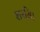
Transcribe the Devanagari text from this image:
शरसि।